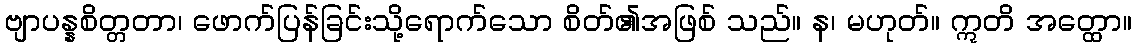
ဗျာပန္နစိတ္တတာ၊ ဖောက်ပြန်ခြင်းသို့ရောက်သော စိတ်၏အဖြစ် သည်။ န၊ မဟုတ်။ ဣတိ အတ္ထော။